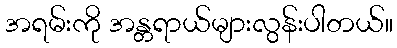
အရမ်းကို အန္တရာယ်များလွန်းပါတယ်။